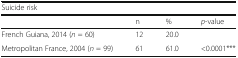
| <COLSPAN=4> Suicide risk |
 |  | n | % | p-value |
 | --- | --- | --- | --- |
 | French Guiana, 2014 (n = 60) | 12 | 20.0 |  |
 | Metropolitan France, 2004 (n = 99) | 61 | 61.0 | <0.0001*** |